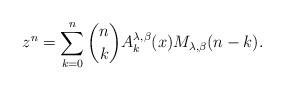
LaTeX: \begin{align*}z^{n}=\sum_{k=0}^{n}\binom{n}{k}A_{k}^{\lambda,\beta}(x)M_{\lambda,\beta}(n-k).\end{align*}